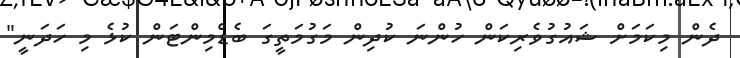
ދެން މިކަމަަށް ޝައުގުވެރިކަން ހުންނަ ކުދިން މަގުމަތީގަ ބެޑްމިންޓަން ކުޅެ މި ހަދަނީ"